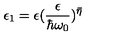
\epsilon _ { 1 } = \epsilon ( \frac { \epsilon } { \hbar \omega _ { 0 } } ) ^ { \bar { \eta } }